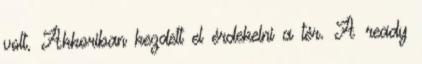
volt. Akkoriban kezdett el érdekelni a tér. A ready